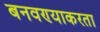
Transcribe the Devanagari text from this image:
बनवण्याकरता